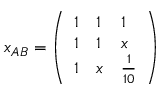
x _ { A B } = \left( \begin{array} { l l l } { { 1 } } & { { 1 } } & { { 1 } } \\ { { 1 } } & { { 1 } } & { { x } } \\ { { 1 } } & { { x } } & { { { \frac { 1 } { 1 0 } } } } \end{array} \right)